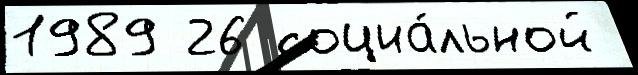
1989 26 социа́льной